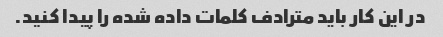
در این کار باید مترادف کلمات داده شده را پیدا کنید.